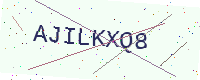
Text: AJILKXQ8